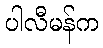
ပါလီမန်က